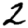
Digit: 2